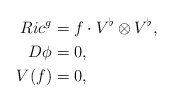
\begin{align*} Ric^g &= f \cdot V^{\flat} \otimes V^{\flat}, \\ D \phi &= 0, \\ V(f) &= 0, \end{align*}